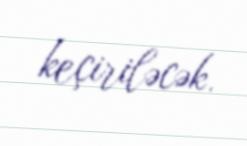
keçiriləcək.